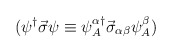
\begin{align*}(\psi^{\dagger}\vec\sigma\psi\equiv\psi^{\alpha\dagger}_A\vec\sigma_{\alpha\beta}\psi^\beta_A)\end{align*}